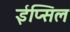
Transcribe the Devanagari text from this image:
ईप्सिल